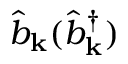
\hat { b } _ { \mathbf { k } } ( \hat { b } _ { \mathbf { k } } ^ { \dagger } )